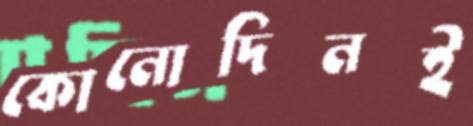
কোনোদিনই